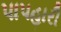
પાપહારી